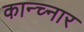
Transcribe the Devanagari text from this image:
कान्च्नार